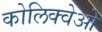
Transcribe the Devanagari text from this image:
कोलिक्वेओ